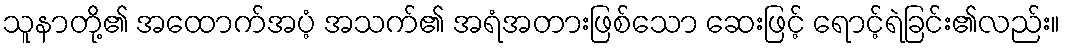
သူနာတို့၏ အထောက်အပံ့ အသက်၏ အရံအတားဖြစ်သော ဆေးဖြင့် ရောင့်ရဲခြင်း၏လည်း။